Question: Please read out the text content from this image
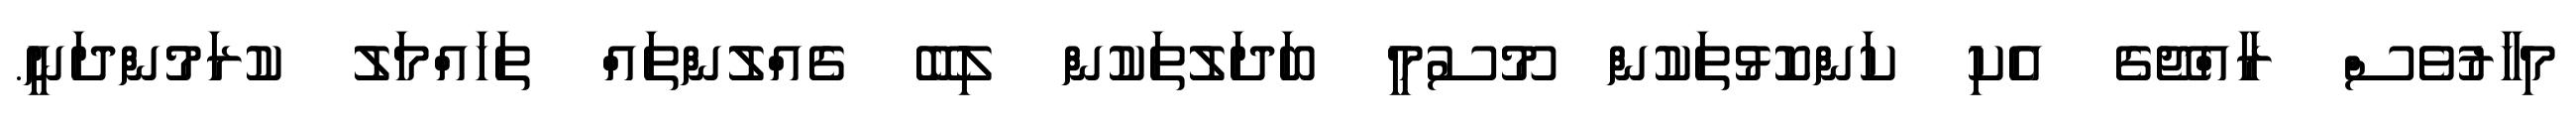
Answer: މިހާރުވެސް ރާއްޖޭގެ އެކި ކަންކޮޅުތަކުން މޫސުމީ ބަދަލުތަކުން ލިބޭ ގެއްލުންތައް ތަހައްމަލު ކުރަމުންދަނީ.